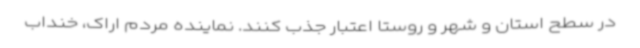
در سطح استان و شهر و روستا اعتبار جذب کنند. نماینده مردم اراک، خنداب